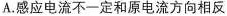
A.感应电流不一定和原电流方向相反